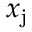
x _ { \mathrm { j } }